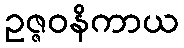
ဥဇ္ဇဝနိကာယ